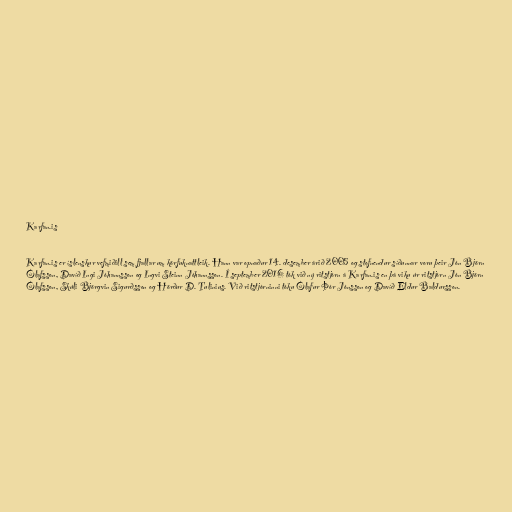
Karfan.is

Karfan.is er íslenskur vefmiðill sem fjallar um körfuknattleik. Hann var opnaður 14. desember árið 2005 og stofnendur síðunnar voru þeir Jón Björn
Ólafsson, Davíð Ingi Jóhannsson og Ingvi Steinn Jóhannsson. Í september 2016 tók við ný ritstjórn á Karfan.is en þá viku úr ritstjórn Jón Björn
Ólafsson, Skúli Björgvin Sigurðsson og Hörður D. Tulinius. Við ritstjórninni tóku Ólafur Þór Jónsson og Davíð Eldur Baldursson.